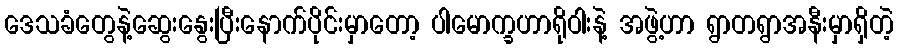
ဒေသခံတွေနဲ့ဆွေးနွေးပြီးနောက်ပိုင်းမှာတော့ ပါမောက္ခဟာရိုဝါးနဲ့ အဖွဲ့ဟာ ရွာတရွာအနီးမှာရှိတဲ့